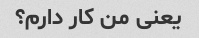
یعنی من کار دارم؟